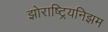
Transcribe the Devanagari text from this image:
झोराष्ट्रियनिझम